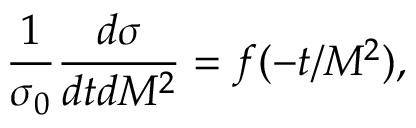
\frac { 1 } { \sigma _ { 0 } } \frac { d \sigma } { d t d M ^ { 2 } } = f ( - t / M ^ { 2 } ) ,